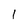
Character: I